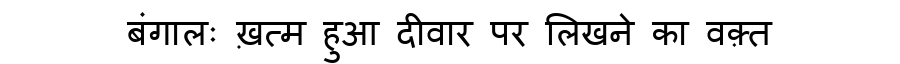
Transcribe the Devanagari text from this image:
बंगालः ख़त्म हुआ दीवार पर लिखने का वक़्त